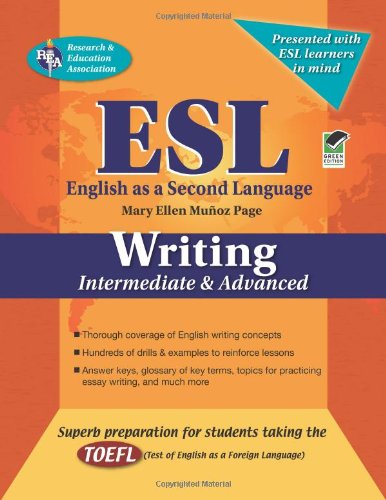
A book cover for ESL Intermediate/Advanced Writing (English as a Second Language Series); Mary Ellen Munoz Page; Education & Teaching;